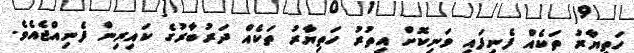
ހަތިޔާރު ތަކެއް ފެނިފައި ވަނިކޮށް އިތުރު ހަތިޔާރު ތަކެއް ދަރުބާރުގެ ކައިރިން ފެނިއްޖެއެވެ.